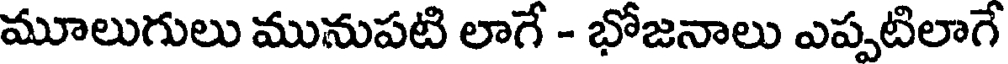
మూలుగులు మునుపటి లాగే - భోజనాలు ఎప్పటిలాగే